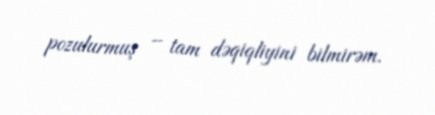
pozulurmuş – tam dəqiqliyini bilmirəm.